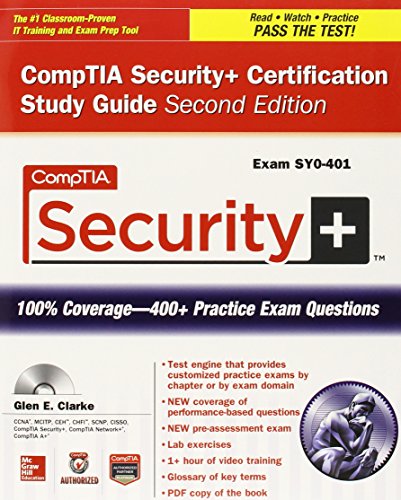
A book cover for CompTIA Security+ Certification Bundle, Second Edition (Exam SY0-401) (Certification Press); Glen E. Clarke; Computers & Technology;